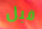
قبل